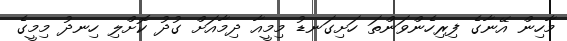
މާހިން އޭނާގެ ފިރިހެންވަންތަ ހަށިގަނޑު މިމީއާ ދިމާއަށް ގުދު ކޮށްލި ހިނދު މިމީގެ